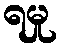
ရမှု